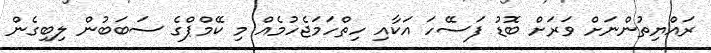
ރައްޔިތުންނަށް ވަރަށް ބޮޑު ފަސޭހަ އަކާއި ހިތްހަމަޖެހުމެއް މި ކޭމްޕްގެ ސަބަބުން ލިބިގެން